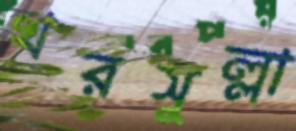
খরসুল্লা